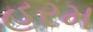
હરમ